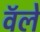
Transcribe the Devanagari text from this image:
वॅले